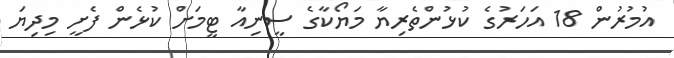
އުމުރުން 18 އަހަރުގެ ކުޅުންތެރިޔާ މަޔޯކާގެ ސީނިއާ ޓީމަށް ކުޅެން ފެށީ މިދިޔަ